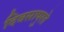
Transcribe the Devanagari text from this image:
दिवसापुरते